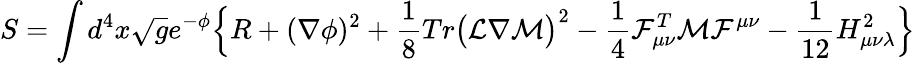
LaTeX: S=\int d^{4}x\sqrt{{g}}e^{-\phi}\Bigl\{ {R}+({\nabla}\phi)^{2}+\frac{1}{8}Tr\bigl({\cal L}\nabla{\cal M}\bigr)^{2}-\frac{1}{4}{\cal F}_{\mu\nu}^{T}{\cal M}{\cal F}^{\mu\nu}-\frac{1}{12}{H}_{\mu\nu\lambda}^{2}\Bigr\}